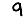
Digit: 9